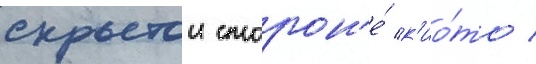
скрытои сторон'е́ к'ио́то /